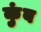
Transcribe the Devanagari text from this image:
कुंब